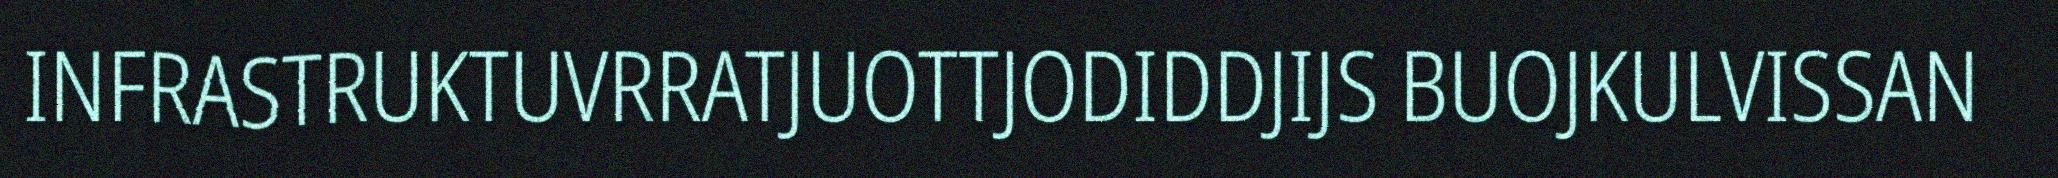
INFRASTRUKTUVRRATJUOTTJODIDDJIJS BUOJKULVISSAN